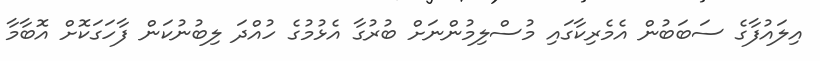
އިލައުފާގެ ސަބަބުން އެމެރިކާގައި މުސްލިމުންނަށް ބުރުގާ އެޅުމުގެ ހުއްދަ ލިބުނުކަން ފާހަގަކޮށް އޮބާމާ